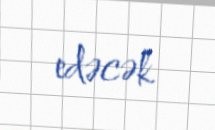
edəcək.